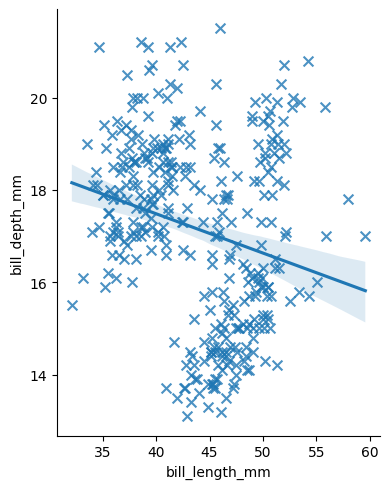
python, seaborn, lmplot, aspect=0.8, order=1, markers='x'